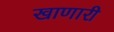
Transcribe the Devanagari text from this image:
खाणारी